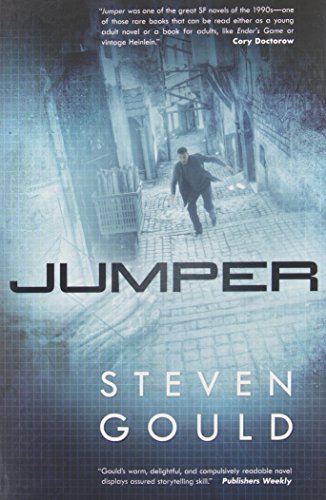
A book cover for Jumper: A Novel; Steven Gould; Science Fiction & Fantasy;